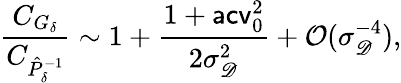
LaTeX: \frac{C_{G_{\delta}}}{C_{\hat{P}_{\delta}^{-1}}}\sim 1+\frac{1+\mathsf{acv}_{0}^{2}}{2\sigma_{\mathscr D}^{2}}+\mathcal O(\sigma_{\mathscr D}^{-4}),